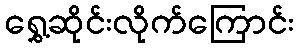
ရွှေ့ဆိုင်းလိုက်ကြောင်း